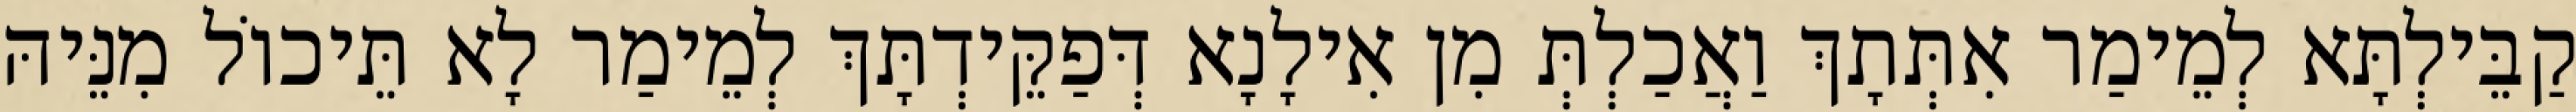
קַבֵּילְתָּא לְמֵימַר אִתְּתָךְ וַאֲכַלְתְּ מִן אִילָנָא דְּפַקֵּידְתָּךְ לְמֵימַר לָא תֵּיכוֹל מִנֵּיהּ